Vaccination in Bombay 1874-1876 - 1874-1876
Year: 1874
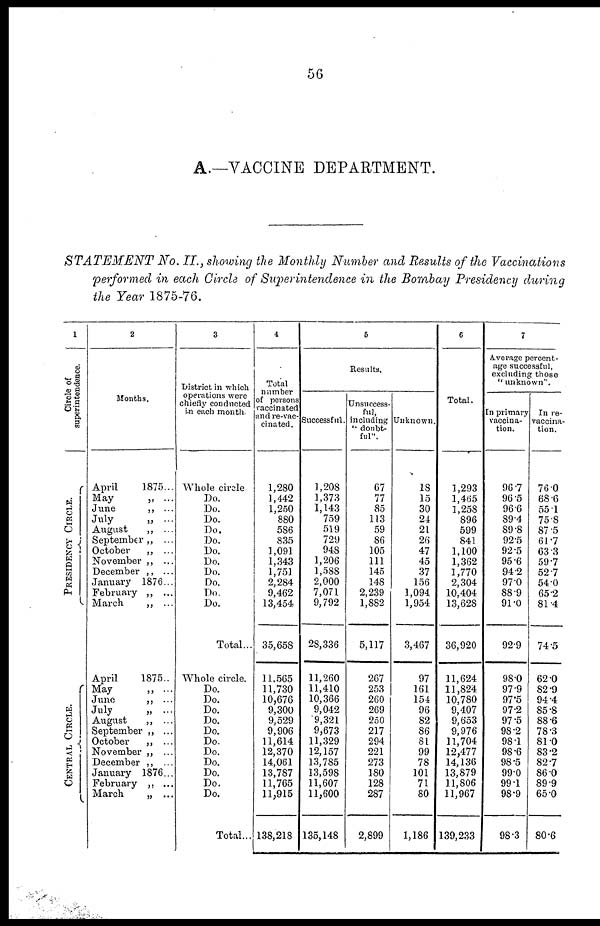
56
A.—VACCINE DEPARTMENT.
STATEMENT
No. II., showing the Monthly Number and Results of the Vaccinations
performed in each Circle of Superintendence in the Bombay Presidency during
the Year 1875-76.
1
Circle of
superintendence.
PRESIDENCY CIRCLE.
CENTRAL CIRCLE.
2
Months.
April
1875...
May
„ ...
June
„ ...
July
„ ...
August
„ ...
September „ ...
October
„ ...
November „ ...
December „ ...
January 1876...
February „ ...
March
„ ...
April
1875..
May
„ ...
June
„ ...
July
„ ...
August
„ ...
September „ ...
October
„ ...
November „ ...
December „ ...
January 1876...
February „ ...
March
„ ...
3
District in which
operations were
chiefly conducted
in each month.
Whole circle.
Do.
Do.
Do.
Do.
Do.
Do.
Do.
Do.
Do.
Do.
Do.
Total...
Whole circle.
Do.
Do.
Do.
Do.
Do.
Do.
Do.
Do.
Do.
Do.
Do.
Total...
4
Total
number
of persons
vaccinated
and re-vac-
cinated.
1,280
1,442
1,250
880
586
835
1,091
1,343
1,751
2,284
9,462
13,454
35,658
11,565
11,730
10,676
9,300
9,529
9,906
11,614
12,370
14,061
13,787
11,765
11,915
138,218
5
Results.
Successful.
1,208
1,373
1,143
759
519
729
948
1,206
1,588
2,000
7,071
9,792
28,336
11,260
11,410
10,366
9,042
9,321
9,673
11,329
12,157
13,785
13,598
11,607
11,600
135,148
Unsuccess-
ful,
including
" doubt-
ful".
67
77
85
113
59
86
105
111
145
148
2,239
1,882
5,117
267
253
260
269
250
217
294
221
273
180
128
287
2,899
Unknown.
18
15
30
24
21
26
47
45
37
156
1,094
1,954
3,467
97
161
154
96
82
86
81
99
78
101
71
80
1,186
6
Total.
1,293
1,465
1,258
896
599
841
1,100
1,362
1,770
2,304
10,404
13,628
36,920
11,624
11,824
10,780
9,407
9,653
9,976
11,704
12,477
14,136
13,879
11,806
11,967
139,233
7
Average percent-
age successful,
excluding those
" unknown".
In primary
vaccina-
tion.
96.7
96.5
96.6
89.4
89.8
92.5
92.5
95.6
94.2
97.0
88.9
91.0
92.9
98.0
97.9
97.5
97.2
97.5
98.2
98.1
98.6
98.5
99.0
99.1
98.9
98.3
In re-
vaccina-
tion.
76.0
68.6
55.1
75.8
87.5
61.7
63.3
59.7
52.7
54.0
65.2
81.4
74.5
62.0
82.9
94.4
85.8
88.6
78.3
81.0
83.2
827
86.0
89.9
65.0
80.6